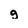
Character: g